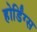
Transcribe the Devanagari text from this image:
होर्डिंग्स